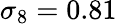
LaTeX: \sigma_{8}=0.81